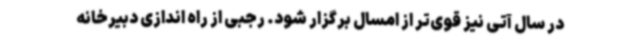
در سال آتی نیز قوی‌تر از امسال برگزار شود. رجبی از راه اندازی دبیرخانه